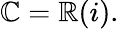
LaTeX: \mathbb{C}=\mathbb{R}(i).